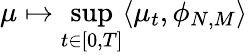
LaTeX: \mu\mapsto\operatorname*{sup}_{t\in[0,T]}\langle\mu_{t},\phi_{N,M}\rangle